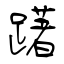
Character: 躇